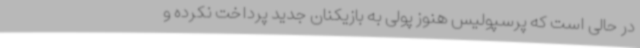
در حالی است که پرسپولیس هنوز پولی به بازیکنان جدید پرداخت نکرده و